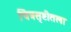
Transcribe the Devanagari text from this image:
चित्रसृष्टीतला